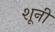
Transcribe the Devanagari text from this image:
शूनी